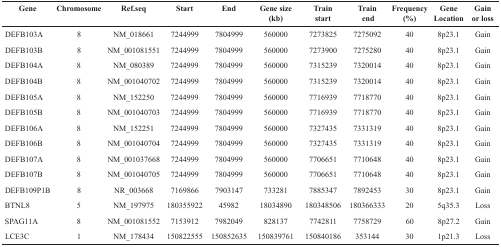
<table><thead><tr><td><b>Gene</b></td><td><b>Chromosome</b></td><td><b>Ref.seq</b></td><td><b>Start</b></td><td><b>End</b></td><td><b>Gene size (kb)</b></td><td><b>Train start</b></td><td><b>Train end</b></td><td><b>Frequency (%)</b></td><td><b>Gene Location</b></td><td><b>Gain or loss</b></td></tr></thead><tbody><tr><td>DEFB103A</td><td>8</td><td>NM_018661</td><td>7244999</td><td>7804999</td><td>560000</td><td>7273825</td><td>7275092</td><td>40</td><td>8p23.1</td><td>Gain</td></tr><tr><td>DEFB103B</td><td>8</td><td>NM_001081551</td><td>7244999</td><td>7804999</td><td>560000</td><td>7273900</td><td>7275280</td><td>40</td><td>8p23.1</td><td>Gain</td></tr><tr><td>DEFB104A</td><td>8</td><td>NM_080389</td><td>7244999</td><td>7804999</td><td>560000</td><td>7315239</td><td>7320014</td><td>40</td><td>8p23.1</td><td>Gain</td></tr><tr><td>DEFB104B</td><td>8</td><td>NM_001040702</td><td>7244999</td><td>7804999</td><td>560000</td><td>7315239</td><td>7320014</td><td>40</td><td>8p23.1</td><td>Gain</td></tr><tr><td>DEFB105A</td><td>8</td><td>NM_152250</td><td>7244999</td><td>7804999</td><td>560000</td><td>7716939</td><td>7718770</td><td>40</td><td>8p23.1</td><td>Gain</td></tr><tr><td>DEFB105B</td><td>8</td><td>NM_001040703</td><td>7244999</td><td>7804999</td><td>560000</td><td>7716939</td><td>7718770</td><td>40</td><td>8p23.1</td><td>Gain</td></tr><tr><td>DEFB106A</td><td>8</td><td>NM_152251</td><td>7244999</td><td>7804999</td><td>560000</td><td>7327435</td><td>7331319</td><td>40</td><td>8p23.1</td><td>Gain</td></tr><tr><td>DEFB106B</td><td>8</td><td>NM_001040704</td><td>7244999</td><td>7804999</td><td>560000</td><td>7327435</td><td>7331319</td><td>40</td><td>8p23.1</td><td>Gain</td></tr><tr><td>DEFB107A</td><td>8</td><td>NM_001037668</td><td>7244999</td><td>7804999</td><td>560000</td><td>7706651</td><td>7710648</td><td>40</td><td>8p23.1</td><td>Gain</td></tr><tr><td>DEFB107B</td><td>8</td><td>NM_001040705</td><td>7244999</td><td>7804999</td><td>560000</td><td>7706651</td><td>7710648</td><td>40</td><td>8p23.1</td><td>Gain</td></tr><tr><td>DEFB109P1B</td><td>8</td><td>NR_003668</td><td>7169866</td><td>7903147</td><td>733281</td><td>7885347</td><td>7892453</td><td>30</td><td>8p23.1</td><td>Gain</td></tr><tr><td>BTNL8</td><td>5</td><td>NM_197975</td><td>180355922</td><td>45982</td><td>18034890</td><td>180348506</td><td>180366333</td><td>20</td><td>5q35.3</td><td>Loss</td></tr><tr><td>SPAG11A</td><td>8</td><td>NM_001081552</td><td>7153912</td><td>7982049</td><td>828137</td><td>7742811</td><td>7758729</td><td>60</td><td>8p27.2</td><td>Gain</td></tr><tr><td>LCE3C</td><td>1</td><td>NM_178434</td><td>150822555</td><td>150852635</td><td>150839761</td><td>150840186</td><td>353144</td><td>30</td><td>1p21.3</td><td>Loss</td></tr></tbody></table>